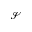
\mathcal { S }